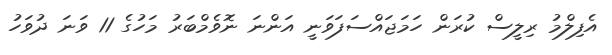
އެފިލްމު ރިލީސް ކުރަން ހަމަޖައްސަފަވަނީ އަންނަ ނޮވެމްބަރު މަހުގެ 11 ވަނަ ދުވަހު